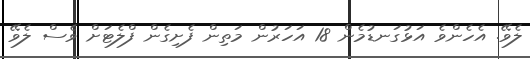
ލެވޭ. އެހެންވެ އަޅުގަނޑުމެން 18 އަހަރުން މަތިން ފެށިގެން ފްލެޓަށް ވެސް ލެވޭ